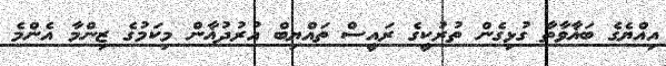
އިއްޔެގެ ބަޣާވާތާ ގުޅިގެން ތުރުކީގެ ރައީސް ތައްޔިބް އުރުދުޣާން މިކަމުގެ ޒިންމާ އެންމެ